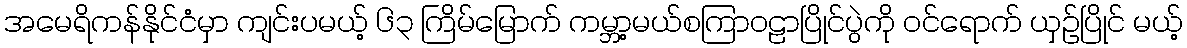
အမေရိကန်နိုင်ငံမှာ ကျင်းပမယ့် ၆၃ ကြိမ်မြောက် ကမ္ဘာ့မယ်စကြာဝဠာပြိုင်ပွဲကို ဝင်ရောက် ယှဉ်ပြိုင် မယ့်